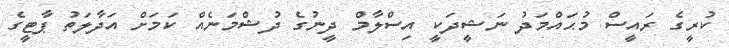
ކުރީގެ ރައީސް މުޙައްމަދު ނަޝީދަކީ އިސްލާމް ދީނުގެ ދުޝްމަނެއް ކަމަށް އަދާލަތު ޕާޓީގެ